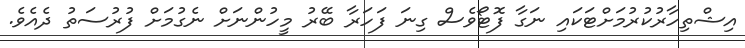
އިޝްތިހާރުކުރުމަށްޓަކައި ނަގާ ފޮޓޯވެސް ގިނަ ފަހަރާ ބޭރު މީހުންނަށް ނެގުމަށް ފުރުސަތު ދެއެވެ.